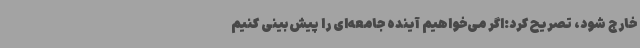
خارج شود، تصریح کرد:اگر می‌خواهیم آینده جامعه‌ای را پیش‌بینی کنیم